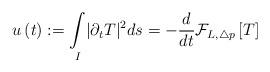
LaTeX: \begin{align*}u\left( t\right) :=\underset{I}{\int}|\partial _{t}T |^{2}ds=-\frac{d}{dt}\mathcal{F}_{L,\triangle p}\left[T \right] \end{align*}